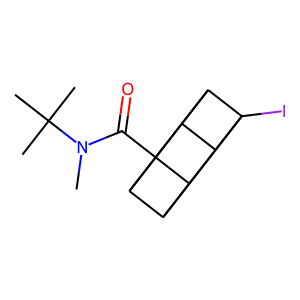
SMILES: CN(C(=O)C12C3C4C1C1C2C3C41I)C(C)(C)C
Inhibits HIV replication: No